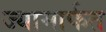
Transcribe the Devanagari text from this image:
ज्यामार्फत